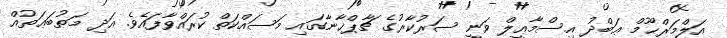
އަލްމަރްޙޫމް ޢަބްދު އިސްމާޢީލް ވަނީ ސަރުކާރުގެ ޗާޕްޚާނާގައި މަސައްކަތް ކުރައްވާފައެވެ. އަދި މަޠުބަޢަތުއް